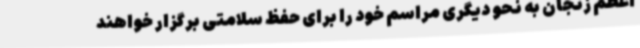
اعظم زنجان به نحو دیگری مراسم خود را برای حفظ سلامتی برگزار خواهند